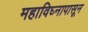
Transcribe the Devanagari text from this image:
महाविघ्नापासून